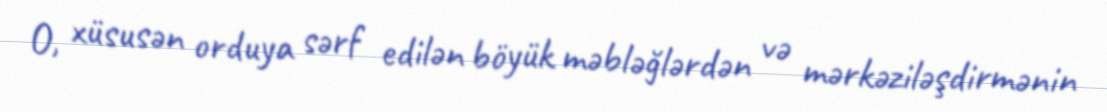
O, xüsusən orduya sərf edilən böyük məbləğlərdən və mərkəziləşdirmənin